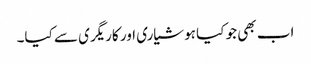
اب بھی جو کیا ہوشیاری اور کاریگری سے کیا۔